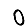
Digit: 0